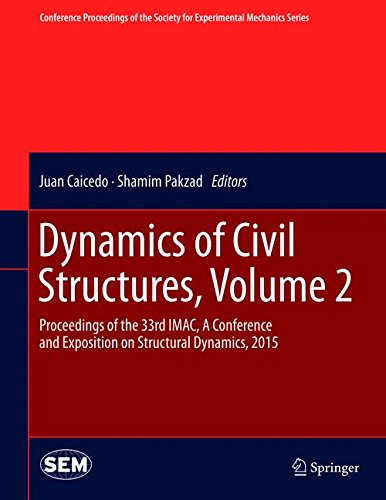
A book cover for Dynamics of Civil Structures, Volume 2: Proceedings of the 33rd IMAC, A Conference and Exposition on Structural Dynamics, 2015 (Conference Proceedings of the Society for Experimental Mechanics Series); Science & Math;